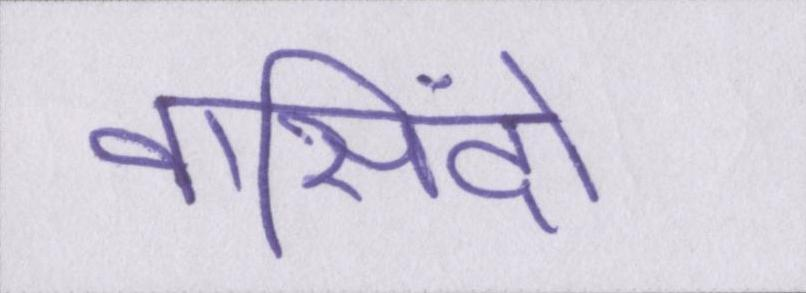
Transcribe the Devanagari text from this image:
वासिंदो